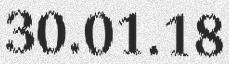
30.01.18